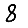
Digit: 8